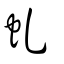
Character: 虬